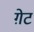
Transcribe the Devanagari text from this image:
ग़ेट